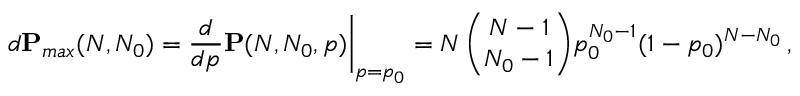
d \mathbf { P } _ { m a x } ( N , N _ { 0 } ) = \frac { d } { d p } \mathbf { P } ( N , N _ { 0 } , p ) \bigg | _ { p = p _ { 0 } } = N \, \binom { N - 1 } { N _ { 0 } - 1 } p _ { 0 } ^ { N _ { 0 } - 1 } ( 1 - p _ { 0 } ) ^ { N - N _ { 0 } } \, ,